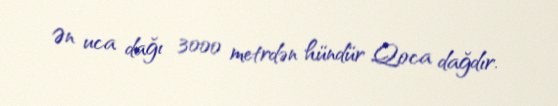
Ən uca dağı 3000 metrdən hündür Qoca dağdır.